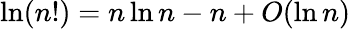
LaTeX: \ln(n!)=n\ln n-n+O(\ln n)